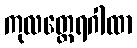
ကုလတ္ထေရဂါထာ